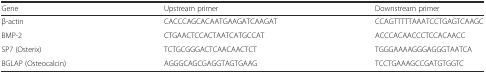
| Gene | Upstream primer | Downstream primer |
 | --- | --- | --- |
 | β-actin | CACCCAGCACAATGAAGATCAAGAT | CCAGTTTTTAAATCCTGAGTCAAGC |
 | BMP-2 | CTGAACTCCACTAATCATGCCAT | ACCCACAACCCTCCACAACC |
 | SP7 (Osterix) | TCTGCGGGACTCAACAACTCT | TGGGAAAAGGGAGGGTAATCA |
 | BGLAP (Osteocalcin) | AGGGCAGCGAGGTAGTGAAG | TCCTGAAAGCCGATGTGGTC |